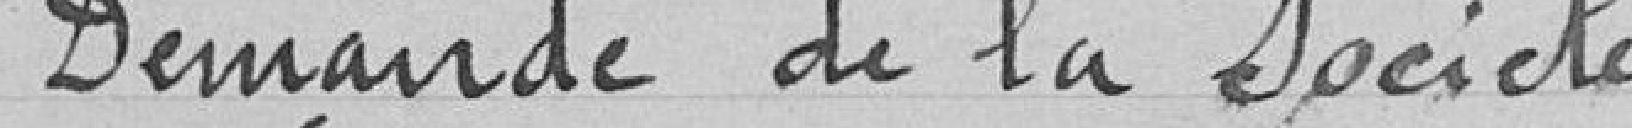
Demande de la Société